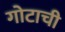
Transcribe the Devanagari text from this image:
गोटाची